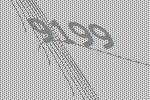
9199